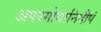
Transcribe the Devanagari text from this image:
अपरगोयानिदीपं